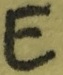
Text: E